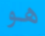
هو